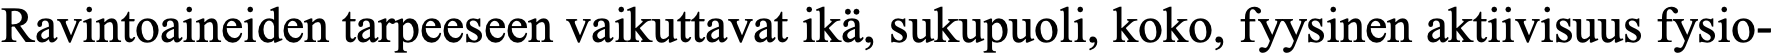
Ravintoaineiden tarpeeseen vaikuttavat ikä, sukupuoli, koko, fyysinen aktiivisuus fysio-